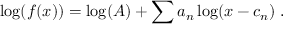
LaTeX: \log ( f ( x ) ) = \log ( A ) + \sum a _ { n } \log ( x - c _ { n } ) \; .